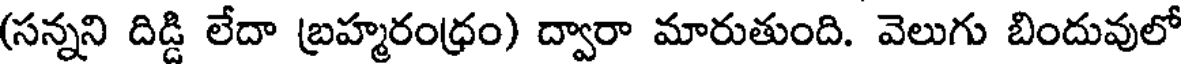
(సన్నని దిడ్డి లేదా బ్రహ్మరంధ్రం) ద్వారా మారుతుంది. వెలుగు బిందువులో